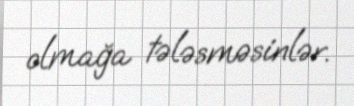
olmağa tələsməsinlər.